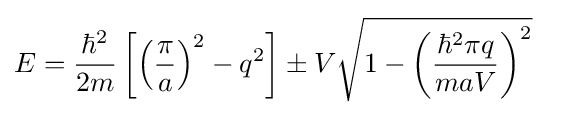
{\begin{aligned}E&={\frac {\hbar ^{2}}{2m}}\left[\left({\frac {\pi }{a}}\right)^{2}-q^{2}\right]\pm V{\sqrt {1-\left({\frac {\hbar ^{2}\pi q}{maV}}\right)^{2}}}\end{aligned}}